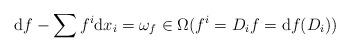
LaTeX: \begin{align*}\mbox{d}f-\sum f^i\mbox{d}x_i=\omega_f\in\Omega(f^i=D_if=\mbox{d}f(D_i))\end{align*}